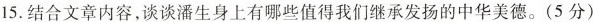
15.结合文章内容，谈谈潘生身上有哪些值得我们继承发扬的中华美德。(5分)